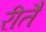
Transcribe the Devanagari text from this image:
रीतै